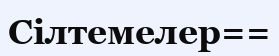
Cілтемелер==